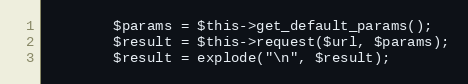
Language: PHP
        $params = $this->get_default_params();
        $result = $this->request($url, $params);
        $result = explode("\n", $result);